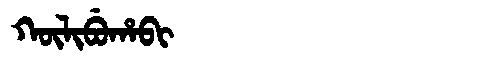
Manchu: ᡴᡡᠯᡳᠪᡠᡥᠠᠪᡳ
Romanization: KŪLIBUHABI